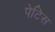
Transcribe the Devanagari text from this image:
पेटिस